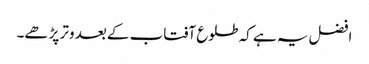
افضل یہ ہے کہ طلوع آفتاب کے بعد وتر پڑھے۔